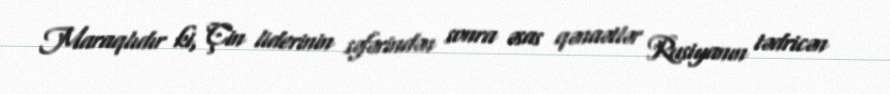
Maraqlıdır ki, Çin liderinin səfərindən sonra əsas qənaətlər Rusiyanın tədricən